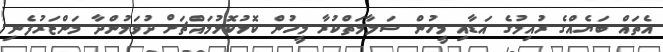
އެތައް ބަޔެއްގެ ރުއިމުގެ އަޑާއި މީހުން ސަލާމަތްކުރާ މީހުން ކޮޅުކޮޅުމައްޗަށް ދުވަމުންދާ މަންޒަރުފެނި